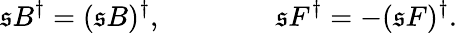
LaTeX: \mathfrak{s}B^{\dagger}=(\mathfrak{s}B)^{\dagger},\qquad\qquad\mathfrak{s}F^{\dagger}=-(\mathfrak{s}F)^{\dagger}.